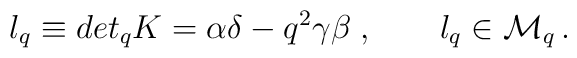
l_{q} \equiv det_qK = \alpha \delta - q^{2} \gamma \beta \;,\qquad l_{q} \in {\cal M}_{q}\,.